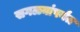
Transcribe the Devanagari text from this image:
सगळ्यांपर्यंत